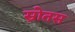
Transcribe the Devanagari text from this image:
स्रोतस